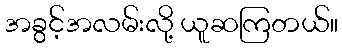
အခွင့်အလမ်းလို့ ယူဆကြတယ်။